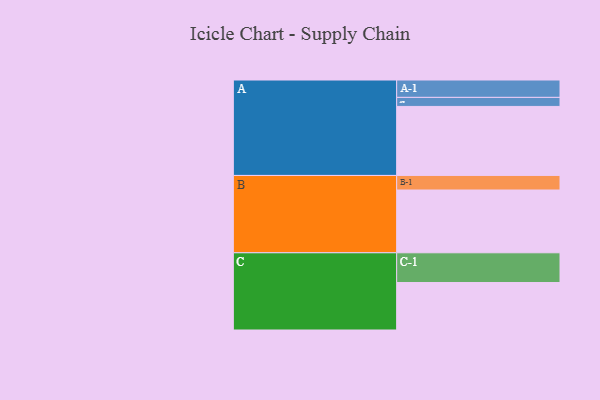
{"axis": {"x": "Segment", "y": "Value"}, "legend": ["", "A", "B", "C"], "data": [{"x": "A", "y": 564, "type": ""}, {"x": "B", "y": 513, "type": ""}, {"x": "C", "y": 388, "type": ""}, {"x": "A-1", "y": 142, "type": "A"}, {"x": "A-2", "y": 74, "type": "A"}, {"x": "B-1", "y": 119, "type": "B"}, {"x": "C-1", "y": 243, "type": "C"}]}